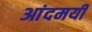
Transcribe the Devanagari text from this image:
आंदमयी